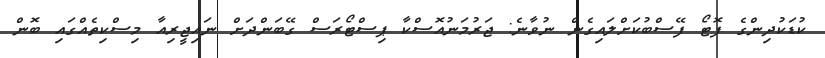
ކުޑަކުދިންގެ ފޮޓޯ ފޭސްބުކަށްލައިގެން ނުވާނެ: ޖަރުމަނުއޮސްކާ ޕިސްޓޯރަސް ގޭބަންދަށް ނައިޖީރިއާ މިސްކިތެއްގައި ބޮން